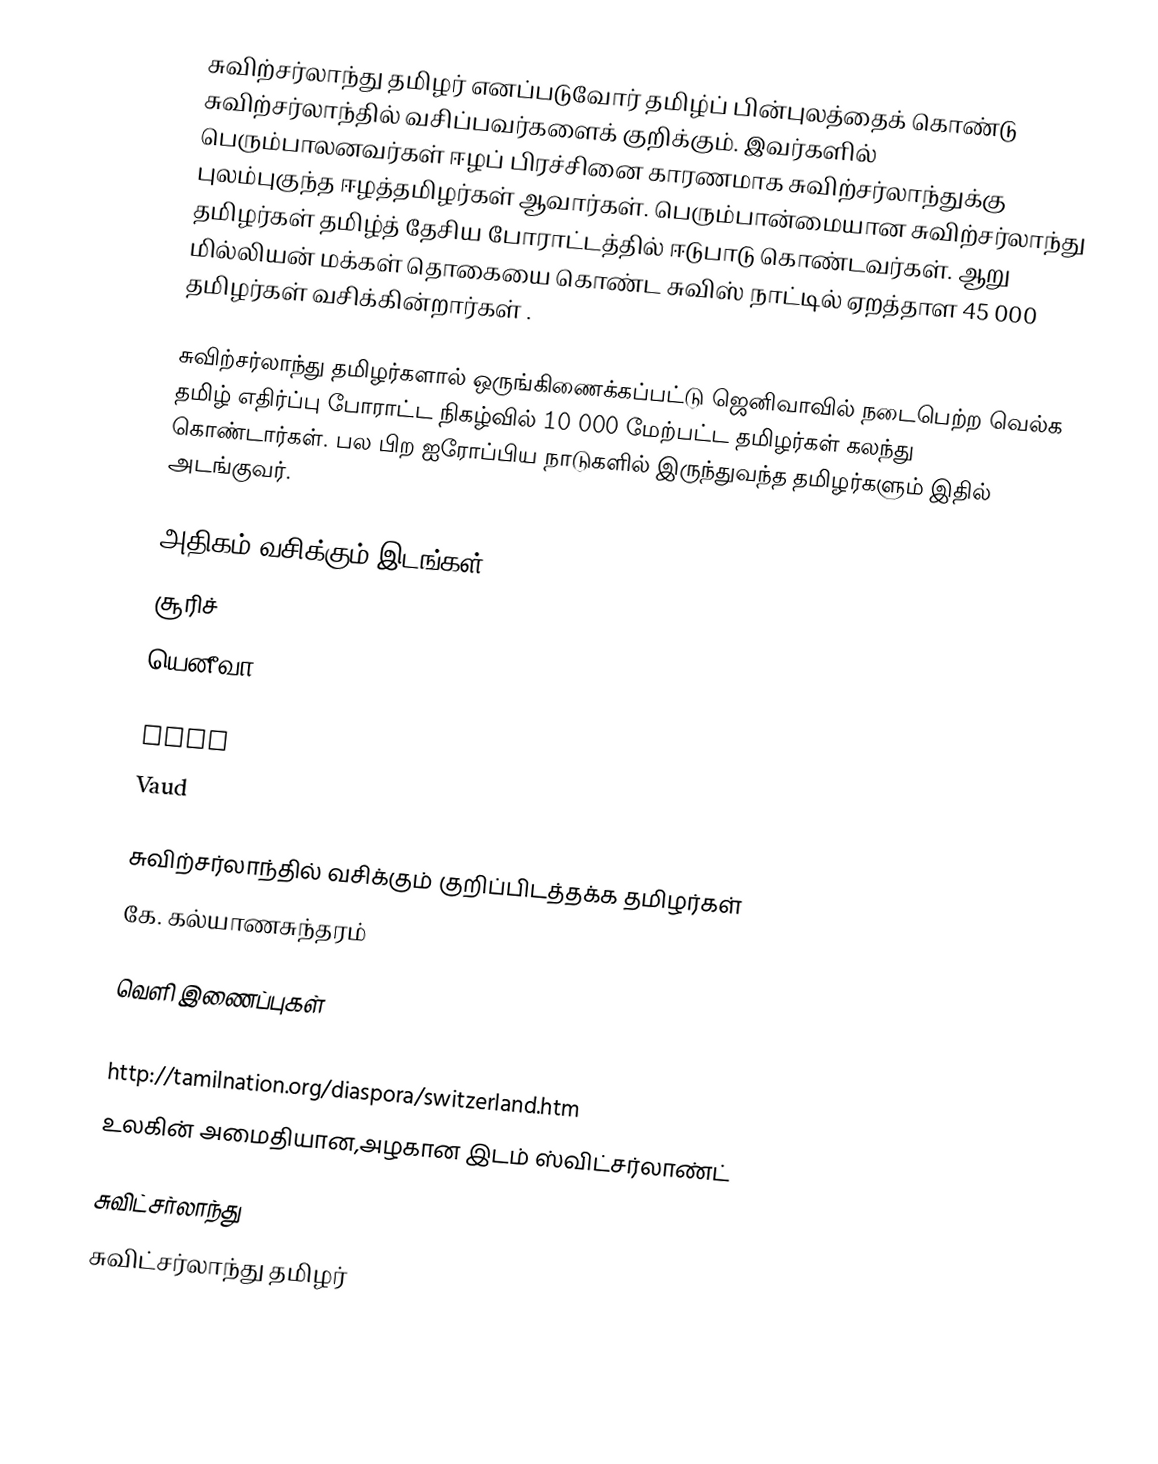
சுவிற்சர்லாந்து தமிழர் எனப்படுவோர் தமிழ்ப் பின்புலத்தைக் கொண்டு சுவிற்சர்லாந்தில்  வசிப்பவர்களைக் குறிக்கும்.  இவர்களில் பெரும்பாலனவர்கள் ஈழப் பிரச்சினை காரணமாக சுவிற்சர்லாந்துக்கு புலம்புகுந்த ஈழத்தமிழர்கள் ஆவார்கள்.  பெரும்பான்மையான சுவிற்சர்லாந்து தமிழர்கள் தமிழ்த் தேசிய போராட்டத்தில் ஈடுபாடு கொண்டவர்கள்.  ஆறு மில்லியன் மக்கள் தொகையை கொண்ட சுவிஸ் நாட்டில் ஏறத்தாள 45 000 தமிழர்கள் வசிக்கின்றார்கள் .

சுவிற்சர்லாந்து தமிழர்களால் ஒருங்கிணைக்கப்பட்டு ஜெனிவாவில் நடைபெற்ற வெல்க தமிழ் எதிர்ப்பு போராட்ட நிகழ்வில் 10 000 மேற்பட்ட தமிழர்கள் கலந்து கொண்டார்கள்.  பல பிற ஐரோப்பிய நாடுகளில் இருந்துவந்த தமிழர்களும் இதில் அடங்குவர்.

அதிகம் வசிக்கும் இடங்கள்
 சூரிச்
 யெனீவா
 Basel-Stadt
 Bern
 Vaud

சுவிற்சர்லாந்தில் வசிக்கும் குறிப்பிடத்தக்க தமிழர்கள்
 கே. கல்யாணசுந்தரம்

வெளி இணைப்புகள்
 Swiss Tamils look to preserve their culture
 http://tamilnation.org/diaspora/switzerland.htm
 உலகின் அமைதியான,அழகான இடம் ஸ்விட்சர்லாண்ட்

சுவிட்சர்லாந்து
சுவிட்சர்லாந்து தமிழர்